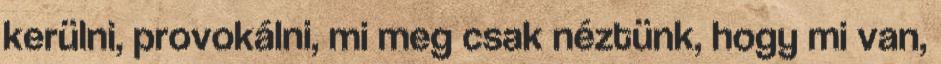
kerülni, provokálni, mi meg csak néztünk, hogy mi van,